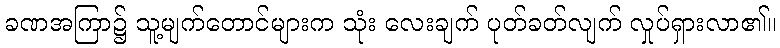
ခဏအကြာ၌ သူ့မျက်တောင်များက သုံး လေးချက် ပုတ်ခတ်လျက် လှုပ်ရှားလာ၏။